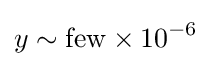
y\sim {\rm {few}}\times 10^{-6}